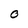
Character: O